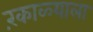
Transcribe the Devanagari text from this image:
रंकाळ्याला